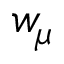
w _ { \mu }